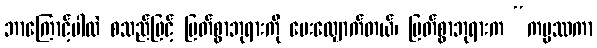
ဘာကြောင့်ပါလဲ စသည်ဖြင့် မြတ်စွာဘုရားကို မေးလျှောက်တယ်၊ မြတ်စွာဘုရားက “ကမ္မဿကာ